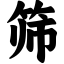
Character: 筛